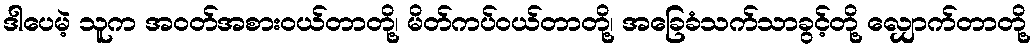
ဒါပေမဲ့ သူက အဝတ်အစားဝယ်တာတို့၊ မိတ်ကပ်ဝယ်တာတို့၊ အခြေခံသက်သာခွင့်တို့ လျှောက်တာတို့